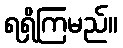
ရရှိကြမည်။